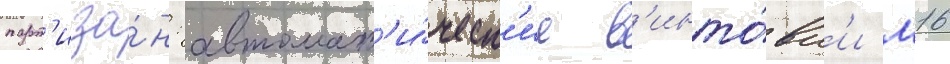
парт'иза́н: автомат'и́ческ'ие в'инто́вк'и м16